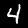
Digit: 4